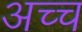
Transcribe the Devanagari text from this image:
अच्च